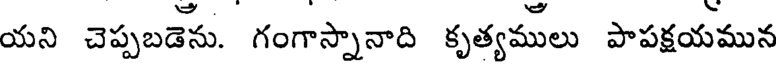
యని చెప్పబడెను. గంగాస్నానాది కృత్యములు పాపక్షయమున